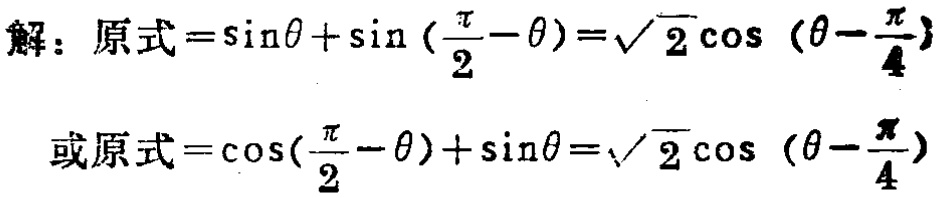
解：原式\(=\sin\theta+\sin(\frac{\pi}{2}-\theta)=\sqrt{2}\cos(\theta - \frac{\pi}{4})\)

或原式\(=\cos(\frac{\pi}{2}-\theta)+\sin\theta=\sqrt{2}\cos(\theta - \frac{\pi}{4})\)